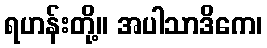
ရဟန်းတို့။ အပါသာဒိကေ၊